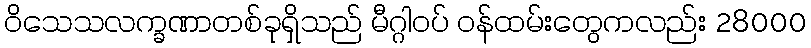
ဝိသေသလက္ခဏာတစ်ခုရှိသည် မီဂ္ဂါဝပ် ဝန်ထမ်းတွေကလည်း 28000